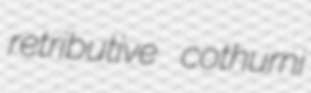
retributive cothurni